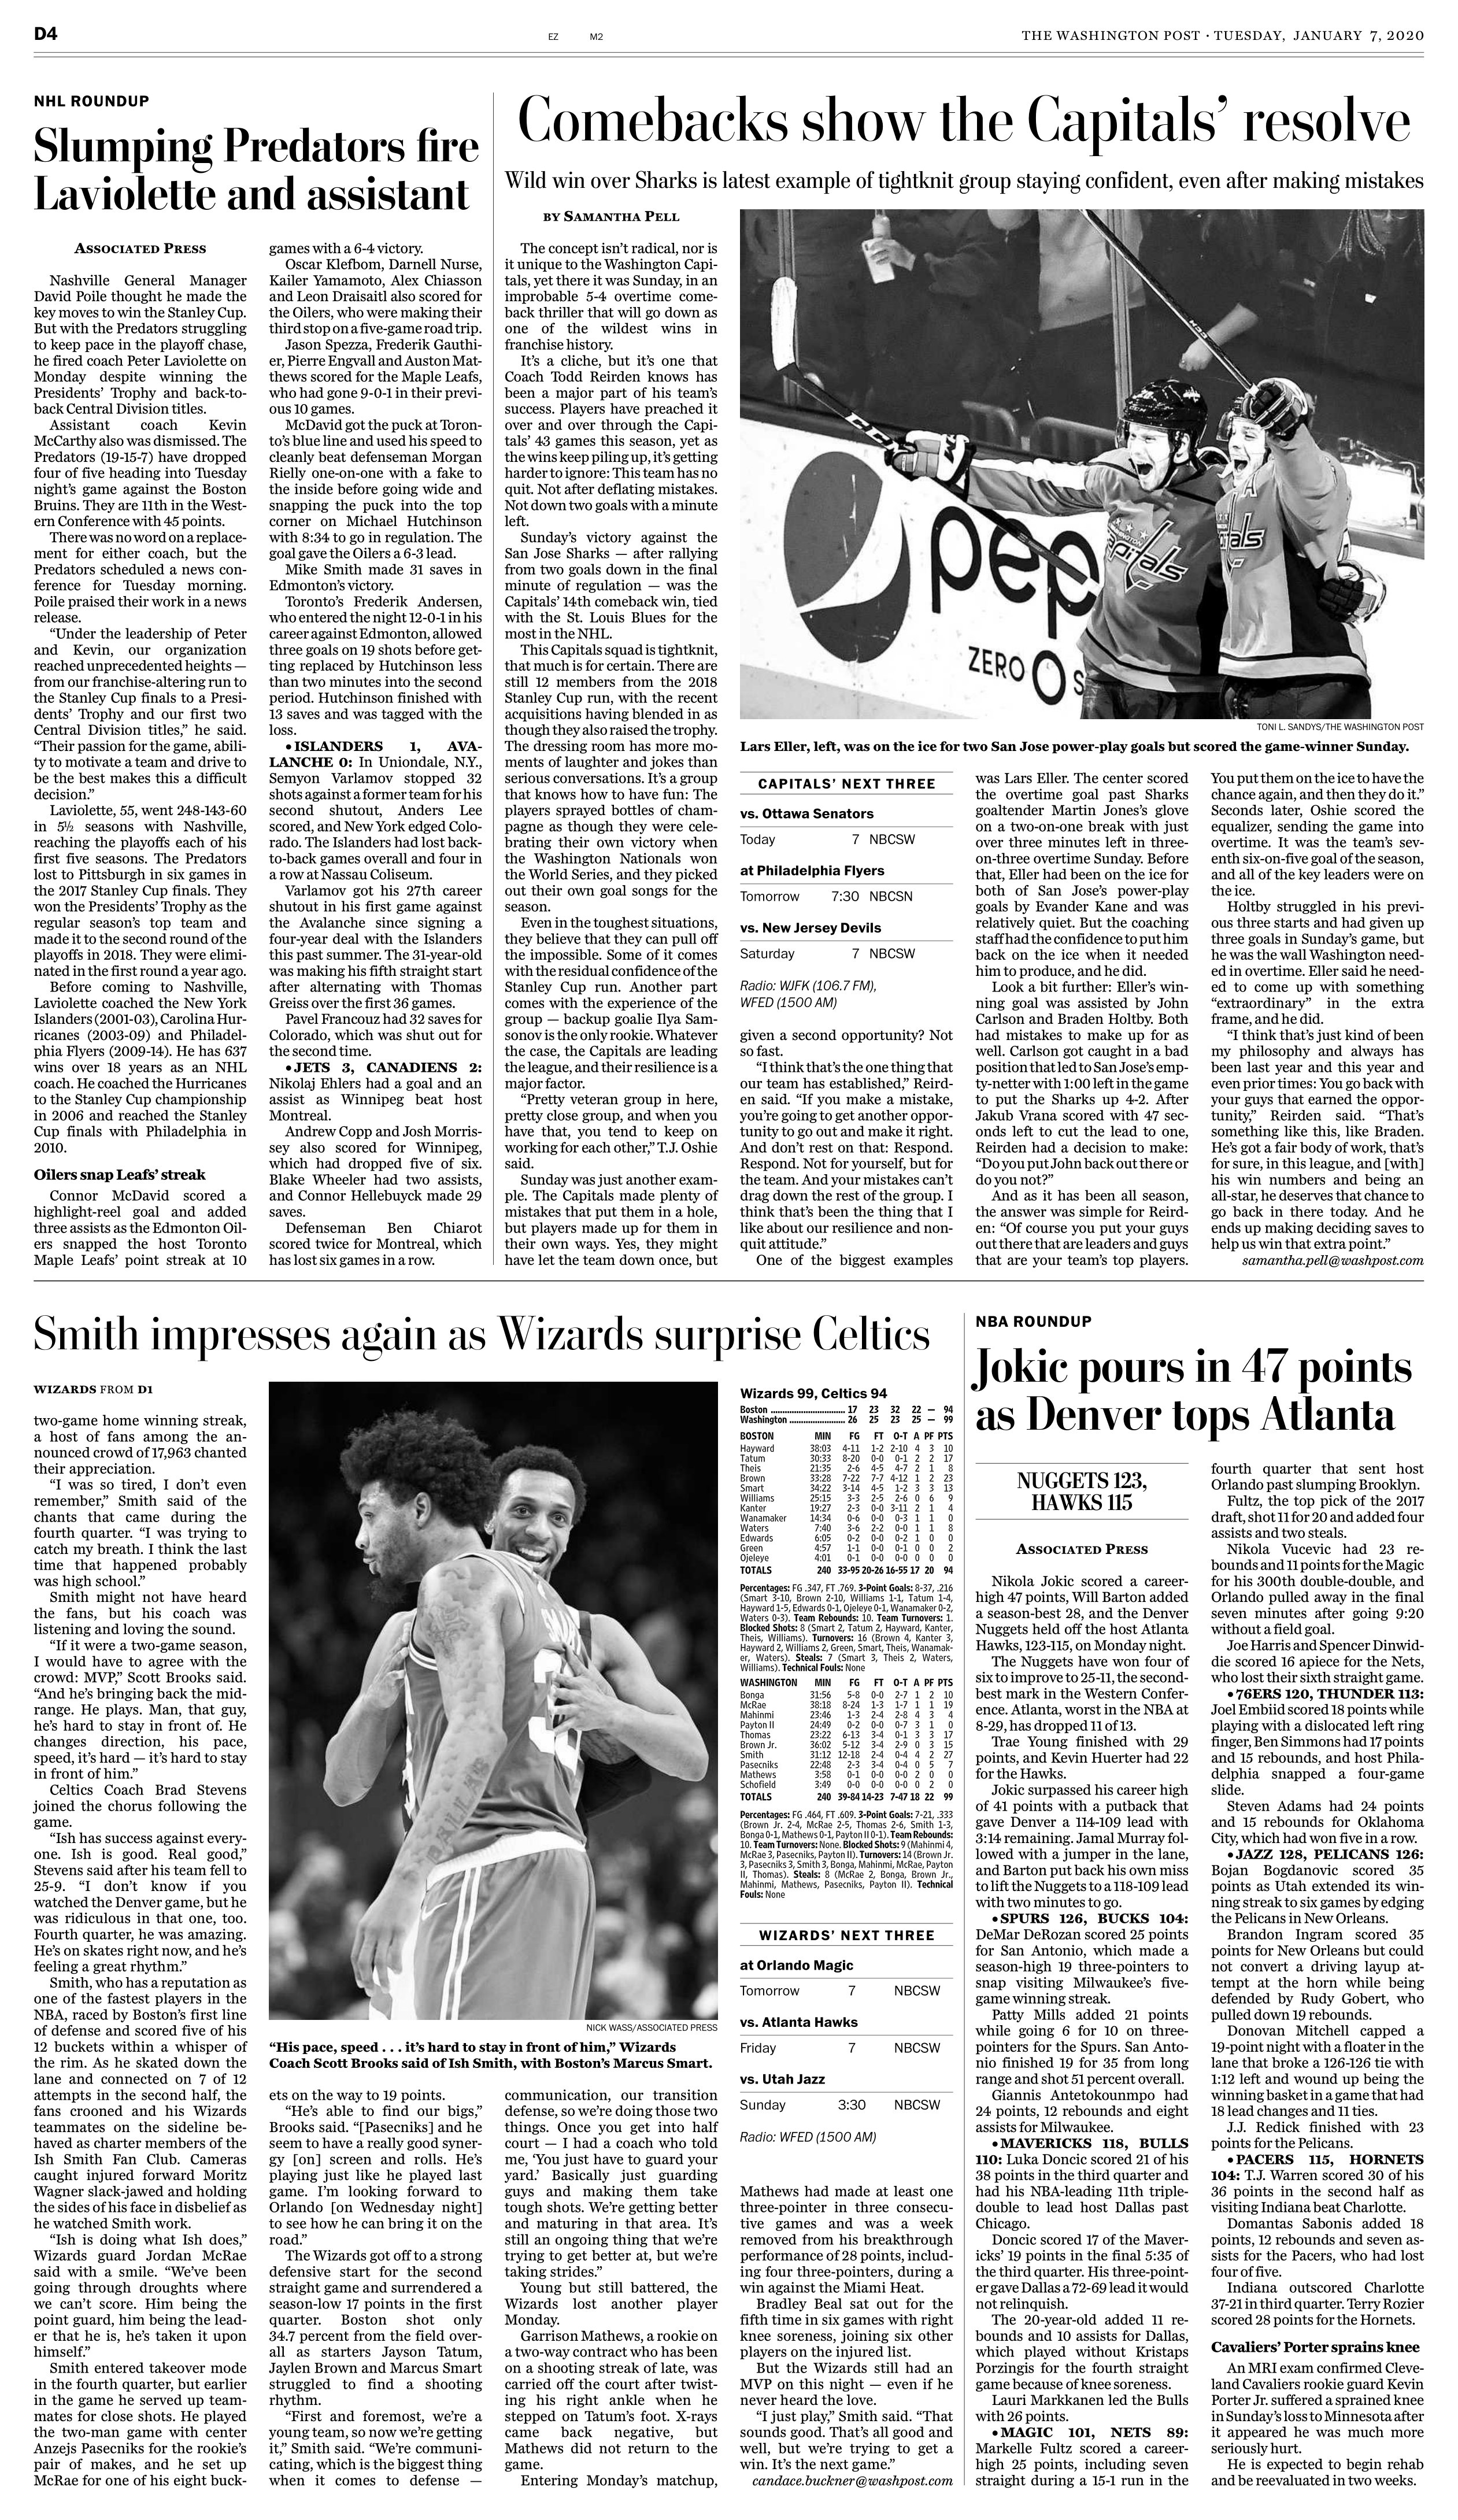
Language: en